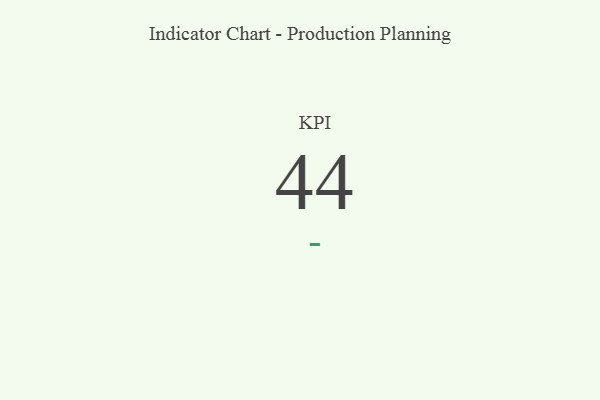
{"axis": {"x": "KPI", "y": "Value"}, "legend": [""], "data": [{"x": "KPI", "y": 44, "type": ""}]}